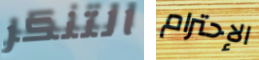
التنكر الإحترام